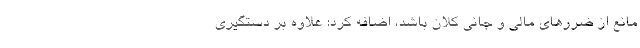
مانع از ضررهای مالی و جانی کلان باشد، اضافه کرد: علاوه بر دستگیری